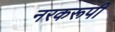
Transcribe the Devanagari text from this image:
नरकरूपी